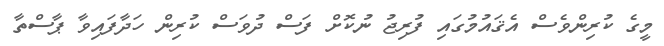
މީގެ ކުރިންވެސް އެޤައުމުގައި ފުރިޖު ނުކޮށް ފަސް ދުވަސް ކުރިން ހަދާފައިވާ ޕާސްތާ